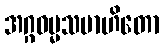
အဂ္ဂဓမ္မသမာဟိတော